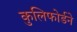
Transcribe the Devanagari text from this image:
कुलिफोर्डने